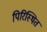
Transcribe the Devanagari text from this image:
पिरिस्थित